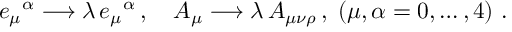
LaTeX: e _ { \mu } { } ^ { \alpha } \longrightarrow \lambda \, e _ { \mu } { } ^ { \alpha } \, , \quad A _ { \mu } \longrightarrow \lambda \, A _ { \mu \nu \rho } \, , \; ( \mu , \alpha = 0 , \ldots , 4 ) \ .